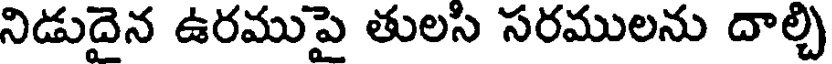
నిడుదైన ఉరముపై తులసి సరములను దాల్చి